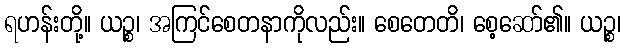
ရဟန်းတို့။ ယဉ္စ၊ အကြင်စေတနာကိုလည်း။ စေတေတိ၊ စေ့ဆော်၏။ ယဉ္စ၊